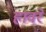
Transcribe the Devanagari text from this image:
हावरे